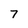
Character: 7